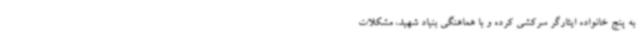
به پنج خانواده ایثارگر سرکشی کرده و با هماهنگی بنیاد شهید، مشکلات